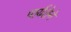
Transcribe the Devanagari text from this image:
पार्यतेने